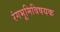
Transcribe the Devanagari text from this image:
रंगभूमिविषयक